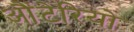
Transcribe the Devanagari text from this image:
औंटेरियो